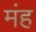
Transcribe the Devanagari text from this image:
मंह